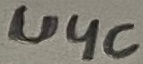
Text: U4c